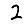
Digit: 2